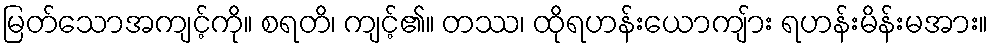
မြတ်သောအကျင့်ကို။ စရတိ၊ ကျင့်၏။ တဿ၊ ထိုရဟန်းယောကျ်ား ရဟန်းမိန်းမအား။